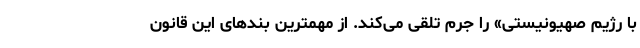
با رژیم صهیونیستی» را جرم تلقی می‌کند. از مهمترین بندهای این قانون